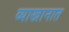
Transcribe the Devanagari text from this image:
व्याखानात